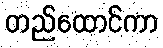
တည်ထောင်ကာ